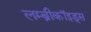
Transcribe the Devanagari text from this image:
लम्ब्रीकॉइड्स